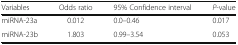
<table><thead><tr><td><b>Variables</b></td><td><b>Odds ratio</b></td><td><b>95% Confidence interval</b></td><td><b><i>P</i>-value</b></td></tr></thead><tbody><tr><td>miRNA-23a</td><td>0.012</td><td>0.0–0.46</td><td>0.017</td></tr><tr><td>miRNA-23b</td><td>1.803</td><td>0.99–3.54</td><td>0.053</td></tr></tbody></table>